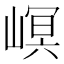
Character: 㟰